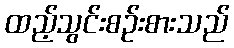
ထည့်သွင်းစဉ်းစားသည်